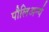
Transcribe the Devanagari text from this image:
पौलिअर्न्य